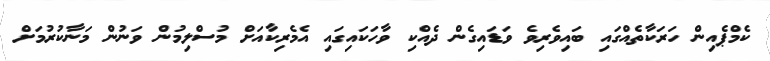
ކެމްޕެއިން ހަރަކާތެއްގައި ބައިވެރިވެ ވަޑައިގެން ދެއްކި ވާހަކައިގައި އެމެރިކާއަށް މުސްލިމުން ވަނުން މަނާކުރުމަށް